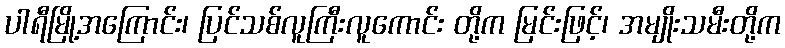
ပါရီမြို့အကြောင်း၊ ပြင်သစ်လူကြီးလူကောင်း တို့က မြင်းဖြင့်၊ အမျိုးသမီးတို့က